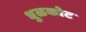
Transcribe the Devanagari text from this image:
धुळकोट